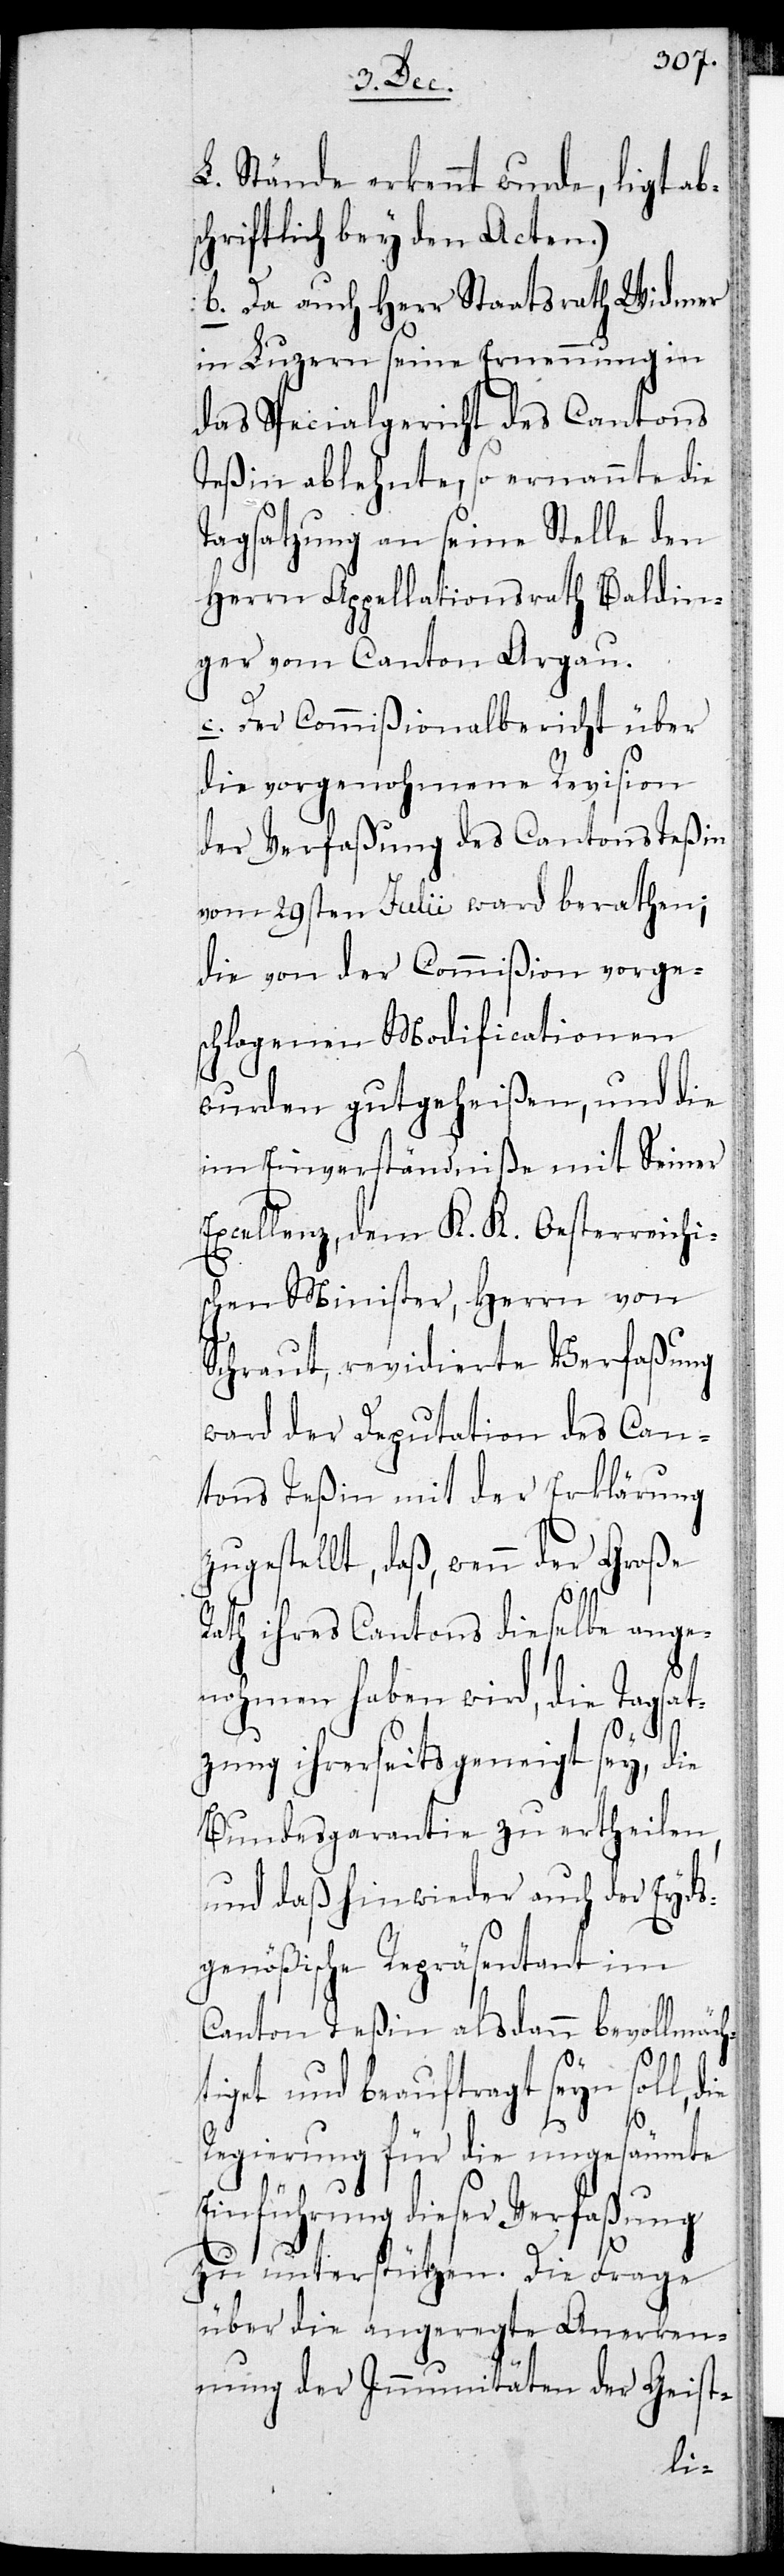
L. Stände erkennt wurde, ligt ab¬
schriftlich bey den Acten.)
b. Da auch Herr Staatsrath Widmer
in Luzern seine Ernennung in
das Specialgericht des Cantons
Teßin ablehnte, so ernannte die
Tagsatzung an seine Stelle den
Herrn Appellationsrath Baldin¬
ger vom Canton Aargau.
c. Der Commißionalbericht über
die vorgenohmene Revision
der Verfaßung des Cantons Teßin
vom 29sten Julii ward berathen;
die von der Commißion vorge¬
schlagenen Modificationen
wurden gutgeheißen, und die
im Einverständniße mit seiner
Excellenz, dem K. K. Oesterreichi¬
schen Minister, Herrn von
Schraut, revidierte Verfaßung
ward der Deputation des Can¬
tons Teßin mit der Erklärung
zugestellt, daß, wenn der Große
Rath ihres Cantons dieselbe ange¬
nohmen haben wird, die Tagsat¬
zung ihrerseits geneigt sey, die
Bundesgarantie zu ertheilen,
und daß hinwieder auch der Eyds¬
genößische Repräsentant im
Canton Teßin alsdann bevollmäch¬
tiget und beauftragt seyn soll,
Regierung für die ungesäumte
Einführung dieser Verfaßung
zu unterstützen. Die Frage
über die angeregte Anerken¬
nung der Immunitäten der Geist-
die